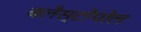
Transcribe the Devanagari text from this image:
बलैस्टोपोल